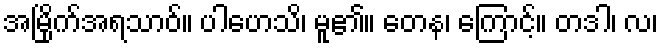
အမြိုက်အရသာဝ်။ ပါဟေသိ၊ မူ၏။ တေန၊ ကြောင့်။ တဒါ၊ လ၊